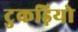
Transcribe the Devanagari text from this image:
टुकड़ियो